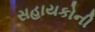
સહાયકોની